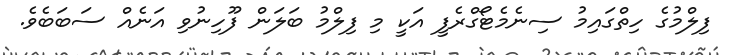
ފިލްމުގެ ހިތްގައިމު ސިނެމެޓޯގްރެފީ އަކީ މި ފިލްމު ބަލަން ފޫހިނުވި އަނެއް ސަބަބެވެ.